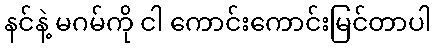
နင်နဲ့ မဂမ်ကို ငါ ကောင်းကောင်းမြင်တာပါ